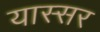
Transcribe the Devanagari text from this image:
यास्सर